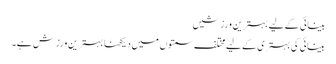
بینائی کے لیے بہترین ورزشیں
بینائی کی بہتری کے لیے مختلف سمتوں میں دیکھنا بہترین ورزش ہے۔